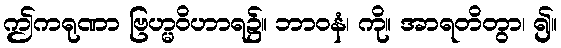
ဤကရုဏာ ဗြဟ္မဝိဟာရ၌။ ဘာဝနံ၊ ကို။ အာရတိတွာ၊ ၍။